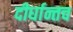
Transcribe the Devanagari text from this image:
दीर्घान्तच